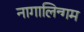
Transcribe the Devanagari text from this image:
नागालिन्गम